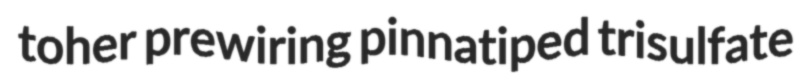
toher prewiring pinnatiped trisulfate